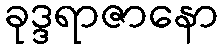
ခုဒ္ဒရာဇာနော